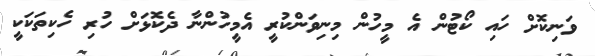
ވަނިކޮށް ހައި ކޯޓުން އެ މީހުން މިނިވަންކުރީ އެމީހުންނާ ދެކޮޅަށް ހުރި ހެކިތަކަކީ